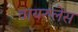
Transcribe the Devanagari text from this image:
वायरुलेंस